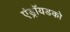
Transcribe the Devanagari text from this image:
एंड्रॉयडको